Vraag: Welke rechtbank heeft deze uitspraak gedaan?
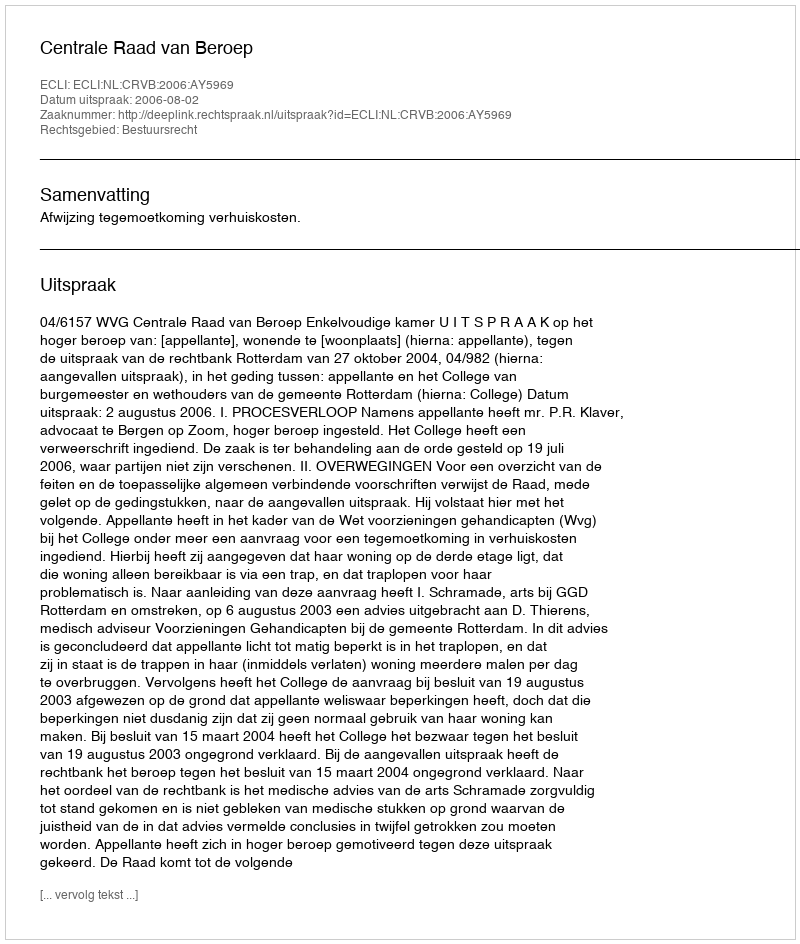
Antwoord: Centrale Raad van Beroep